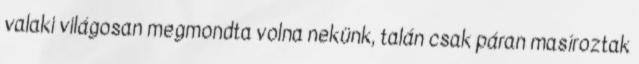
valaki világosan megmondta volna nekünk, talán csak páran masíroztak